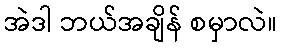
အဲဒါ ဘယ်အချိန် စမှာလဲ။